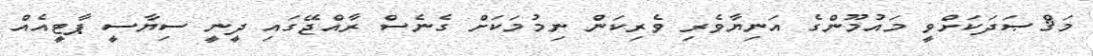
މަޤްޞަދަކަށްވީ މައުމޫންގެ އަނިޔާވެރި ވެރިކަން ނިމުމަކަށް ގެނެސް ރާއްޖޭގައި ދީނީ ސިޔާސީ ޕާޓީއެއް